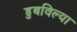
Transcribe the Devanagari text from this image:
डुबविल्या